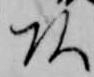
頭